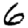
Digit: 6